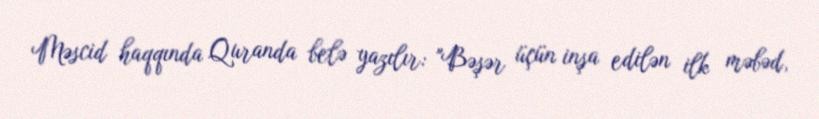
Məscid haqqında Quranda belə yazılır: "Bəşər üçün inşa edilən ilk məbəd,